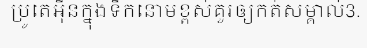
ប្រូតេអ៊ីនក្នុងទឹកនោមខ្ពស់គួរឲ្យកត់សម្គាល់3.